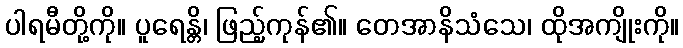
ပါရမီတို့ကို။ ပူရေန္တိ၊ ဖြည့်ကုန်၏။ တေအာနိသံသေ၊ ထိုအကျိုးကို။